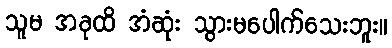
သူမ အခုထိ အံဆုံး သွားမပေါက်သေးဘူး။